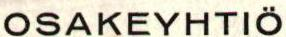
OSAKEYHTIÖ